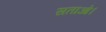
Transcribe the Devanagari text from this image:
सताओ।